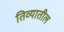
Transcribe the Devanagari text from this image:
तिव्यातील